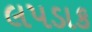
લપડાક